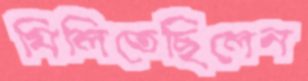
মিলিতেছিলেন